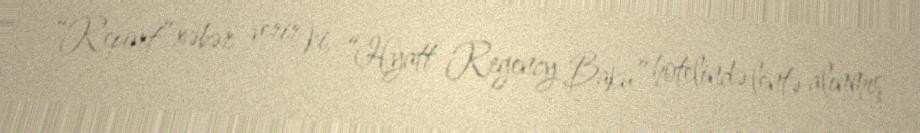
“Report” xəbər verir ki, “Hyatt Regency Baku” hotelində lentə alınmış